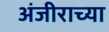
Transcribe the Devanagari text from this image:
अंजीराच्या